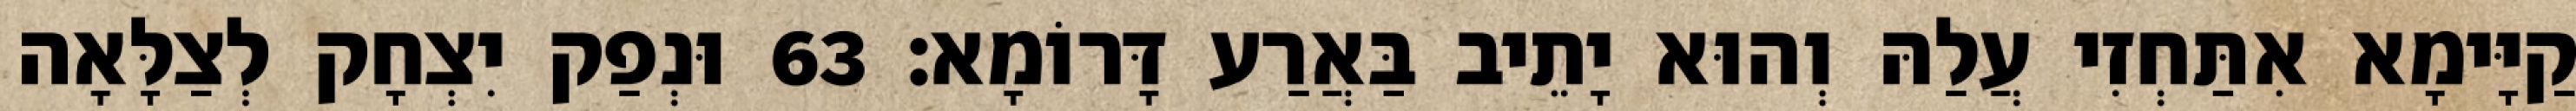
קַיָּימָא אִתַּחְזִי עֲלַהּ וְהוּא יָתֵיב בַּאֲרַע דָּרוֹמָא׃ 63 וּנְפַק יִצְחָק לְצַלָּאָה